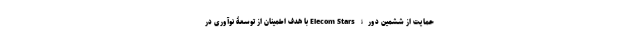
حمایت از ششمین دورۀ Elecom Stars با هدف اطمینان از توسعۀ نوآوری در